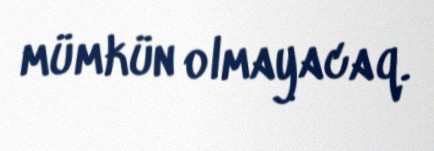
mümkün olmayacaq.